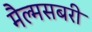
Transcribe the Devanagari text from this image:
मैल्मसबरी